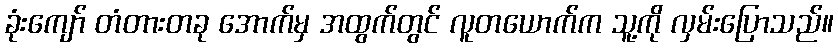
ခုံးကျော် တံတားတခု အောက်မှ အထွက်တွင် လူတယောက်က သူ့ကို လှမ်းပြောသည်။